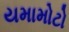
યમામોટો